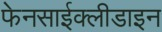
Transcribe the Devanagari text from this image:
फेनसाईक्लीडाइन